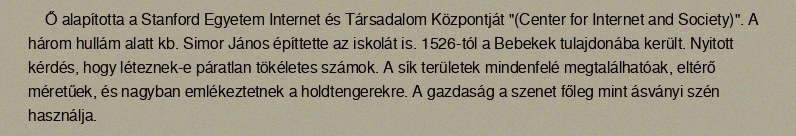
Ő alapította a Stanford Egyetem Internet és Társadalom Központját "(Center for Internet and Society)". A három hullám alatt kb. Simor János építtette az iskolát is. 1526-tól a Bebekek tulajdonába került. Nyitott kérdés, hogy léteznek-e páratlan tökéletes számok. A sík területek mindenfelé megtalálhatóak, eltérő méretűek, és nagyban emlékeztetnek a holdtengerekre. A gazdaság a szenet főleg mint ásványi szén használja.